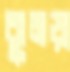
ঝুমড়া